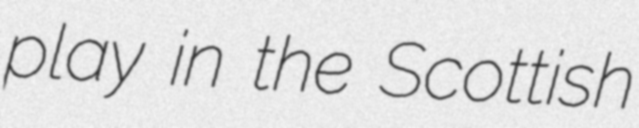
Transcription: play in the Scottish